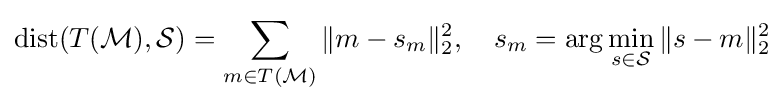
\operatorname {dist} (T({\mathcal {M}}),{\mathcal {S}})=\sum _{m\in T({\mathcal {M}})}\Vert m-s_{m}\Vert _{2}^{2},\quad s_{m}=\arg \min _{s\in {\mathcal {S}}}\Vert s-m\Vert _{2}^{2}